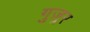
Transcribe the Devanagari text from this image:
गुज़्रर